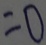
= 0